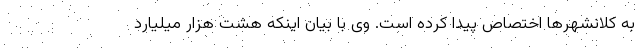
به کلانشهرها اختصاص پیدا کرده است. وی با بیان اینکه هشت هزار میلیارد